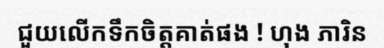
ជួយលើកទឹកចិត្តគាត់ផង ! ហុង ភារិន